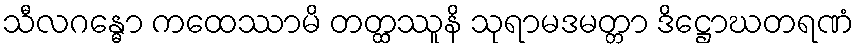
သီလဂန္ဓော ကထေဿာမိ တတ္ထဿူနိ သုရာမဒမတ္တာ ဒိဋ္ဌောဃတရဏံ